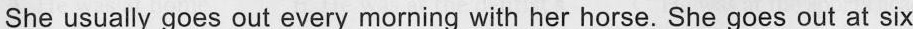
She usually goes out every morning with her horse. She goes out at six